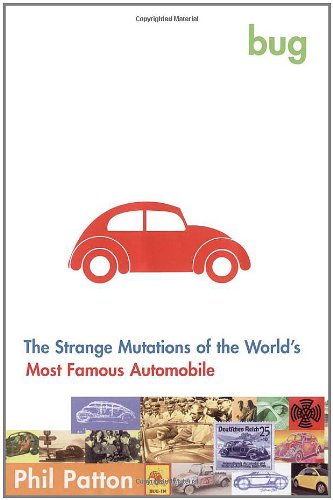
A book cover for Bug: The Strange Mutations of the World's Most Famous Automobile; Phil Patton; Engineering & Transportation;